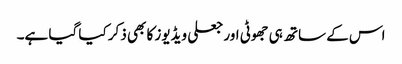
اس کے ساتھ ہی جھوٹی اور جعلی ویڈیوز کا بھی ذکر کیا گیا ہے۔